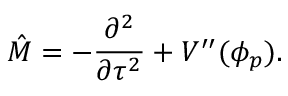
\hat { M } = - \frac { \partial ^ { 2 } } { \partial \tau ^ { 2 } } + V ^ { \prime \prime } ( \phi _ { p } ) .